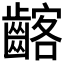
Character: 𪘺